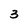
Character: 3